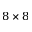
8 \times 8